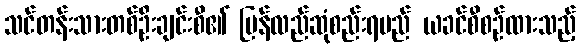
သင်တန်းသားတစ်ဦးချင်းစီ၏ ပြန်လည်ဆုံစည်းရမည် ယခင်စီစဉ်ထားသည့်